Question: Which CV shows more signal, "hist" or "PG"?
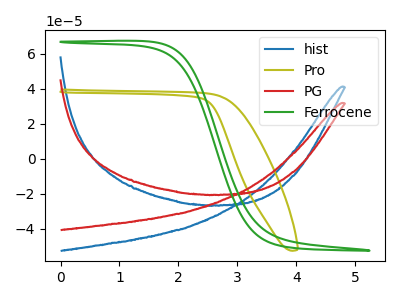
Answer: <think>The blue curve "hist" has no peaks. The olive curve "Pro" has no peaks. The red curve "PG" has no peaks. The green curve "Ferrocene" has no peaks.
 Neither "hist" or "PG" have any peaks.</think>
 <answer>I cant tell if "hist" or "PG" has more signal.</answer>
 <eval>mixed_signal</eval>